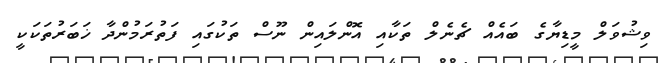
ވިޝުވަލް މީޑިޔާގެ ބައެއް ޗެނެލް ތަކާއި އޮންލައިން ނޫސް ތަކުގައި ފަތުރަމުންދާ ޚަބަރުތަކަކީ